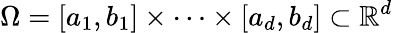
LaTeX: \Omega=[a_{1},b_{1}]\times\cdots\times[a_{d},b_{d}]\subset\mathbb{R}^{d}